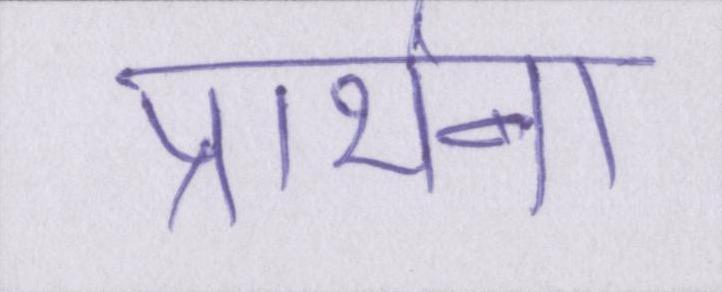
प्रार्थना